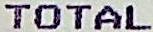
TOTAL